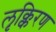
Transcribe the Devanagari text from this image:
लृक्किरण